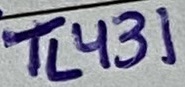
Text: TL431